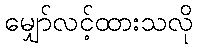
မျှော်လင့်ထားသလို